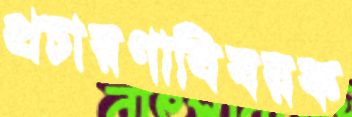
প্রচারণাবিষয়ক